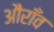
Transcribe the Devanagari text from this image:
औराँव